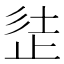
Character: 𣥲